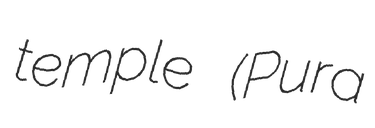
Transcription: temple (Pura